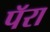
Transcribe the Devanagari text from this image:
पॅरा